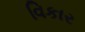
વિકાર